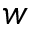
w